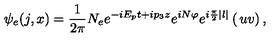
\psi _ { e } ( j , x ) = { \frac { 1 } { 2 \pi } } N _ { e } e ^ { - i E _ { p } t + i p _ { 3 } z } e ^ { i N \varphi } e ^ { i { \frac { \pi } { 2 } } | l | } \left( \begin{matrix} { u } \\ { v } \\ \end{matrix} \right) ,